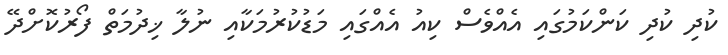
ކުދި ކުދި ކަންކަމުގައި އެއްވެސް ކިއު އެއްގައި މަޑުކުރުމަކާއި ނުލާ ޚިދުމަތް ފޯރުކޮށްދޭ